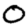
Digit: 0